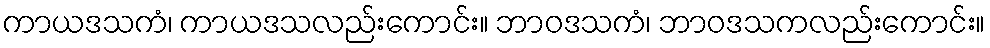
ကာယဒသကံ၊ ကာယဒသလည်းကောင်း။ ဘာဝဒသကံ၊ ဘာဝဒသကလည်းကောင်း။